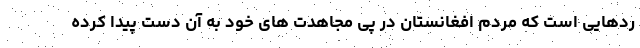
ردهایی است که مردم افغانستان در پی مجاهدت های خود به آن دست پیدا کرده